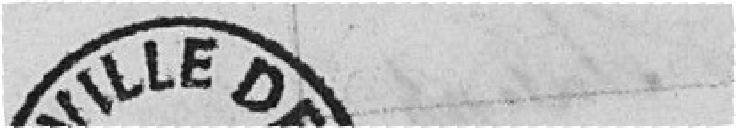
VILLE DE